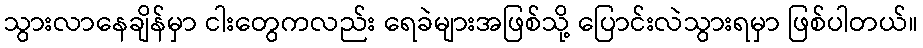
သွားလာနေချိန်မှာ ငါးတွေကလည်း ရေခဲများအဖြစ်သို့ ပြောင်းလဲသွားရမှာ ဖြစ်ပါတယ်။